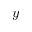
y